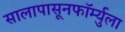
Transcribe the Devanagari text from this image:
सालापासूनफॉर्म्युला